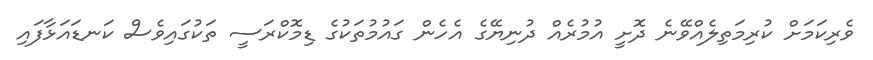
ވެރިކަމަށް ކުރިމަތިލެއްވޭނެ ދޮށީ އުމުރެއް ދުނިޔޭގެ އެހެން ގައުމުތަކުގެ ޑިމޮކްރަސީ ތަކުގައިވެސް ކަނޑައަޅާފައި